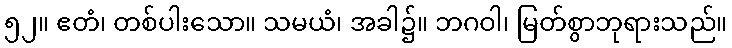
၅၂။ ဧတံ၊ တစ်ပါးသော။ သမယံ၊ အခါ၌။ ဘဂဝါ၊ မြတ်စွာဘုရားသည်။